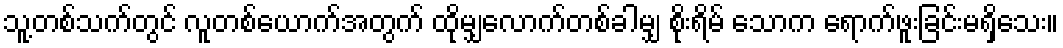
သူ့တစ်သက်တွင် လူတစ်ယောက်အတွက် ထိုမျှလောက်တစ်ခါမျှ စိုးရိမ် သောက ရောက်ဖူးခြင်းမရှိသေး။